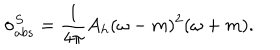
LaTeX: \sigma _ { a b s } ^ { S } = \frac { 1 } { 4 \pi } A _ { h } ( \omega - m ) ^ { 2 } ( \omega + m ) .